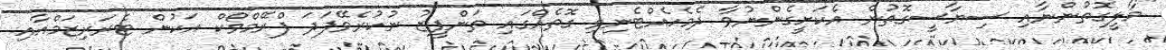
"މާލީގޮތުންނާއި ސިޔާސީގޮތުން އެކަށީގެންނުވާ ދެމެހެއްޓެނިވި ގޮތެއްގައި ތަންފީޒު ނުކުރެވޭފަދަ ފްރޭމްވޯކް އަކުން ޓެރަރިޒަމްއާއި